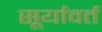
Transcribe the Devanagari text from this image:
सूर्यावर्त